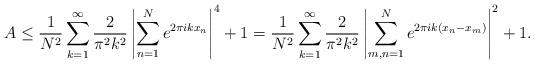
LaTeX: \begin{align*}A \leq \frac{1}{N^2}\sum_{k =1}^{\infty} \frac{2}{ \pi^2 k^2} \left| \sum_{n=1}^{N}{ e^{2 \pi i k x_n }}\right|^4 +1 = \frac{1}{N^2}\sum_{k=1}^{\infty} \frac{2}{ \pi^2 k^2} \left| \sum_{m, n=1}^{N}{ e^{2 \pi i k (x_n-x_m) }}\right|^2 +1.\end{align*}